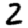
Digit: 2